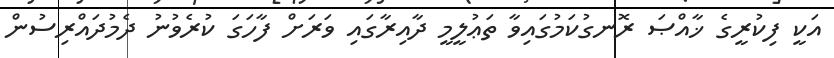
އަކީ ފިކުރީގެ ޚާއްޞަ ރޮނގުކަމުގައިވާ ތަޢުލީމީ ދާއިރާގައި ވަރަށް ފާހަގަ ކުރެވުނު ދެމުދައްރިސުން